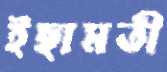
ইছামতী